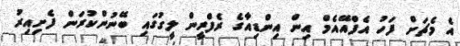
އެ މެޗަށް ފަހު އެފްއޭއެމް އިން އިންޑިއާގެ ރެފްރީން ލީގުގައި ބޭނުންކުރަން ފެށިއިރު